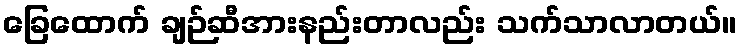
ခြေထောက် ချဉ်ဆီအားနည်းတာလည်း သက်သာလာတယ်။